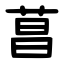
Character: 菖